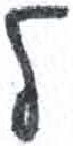
אות: ל